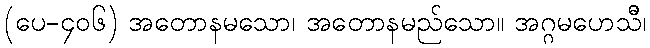
(ပေ-၄၀၆) အတောနမသော၊ အတောနမည်သော။ အဂ္ဂမဟေသိီ၊